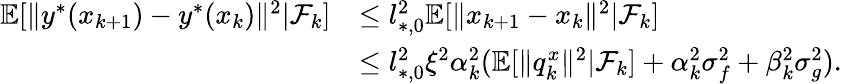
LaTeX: \begin{array}{rl}{\mathbb{E}[\| y^{*}(x_{k+1})-y^{*}(x_{k})\| ^{2}|\mathcal{F}_{k}]}&{\le l_{*,0}^{2}\mathbb{E}[\| x_{k+1}-x_{k}\| ^{2}|\mathcal{F}_{k}]}\\ &{\le l_{*,0}^{2}\xi^{2}\alpha_{k}^{2}(\mathbb{E}[\| q_{k}^{x}\| ^{2}|\mathcal{F}_{k}]+\alpha_{k}^{2}\sigma_{f}^{2}+\beta_{k}^{2}\sigma_{g}^{2}).}\end{array}